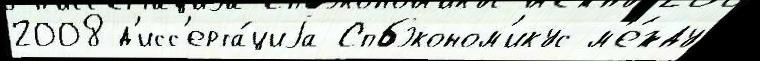
2008 д'исс'ерта́циjа Спбэконом'икус м'е́жду